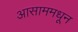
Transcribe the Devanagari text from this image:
आसाममधून